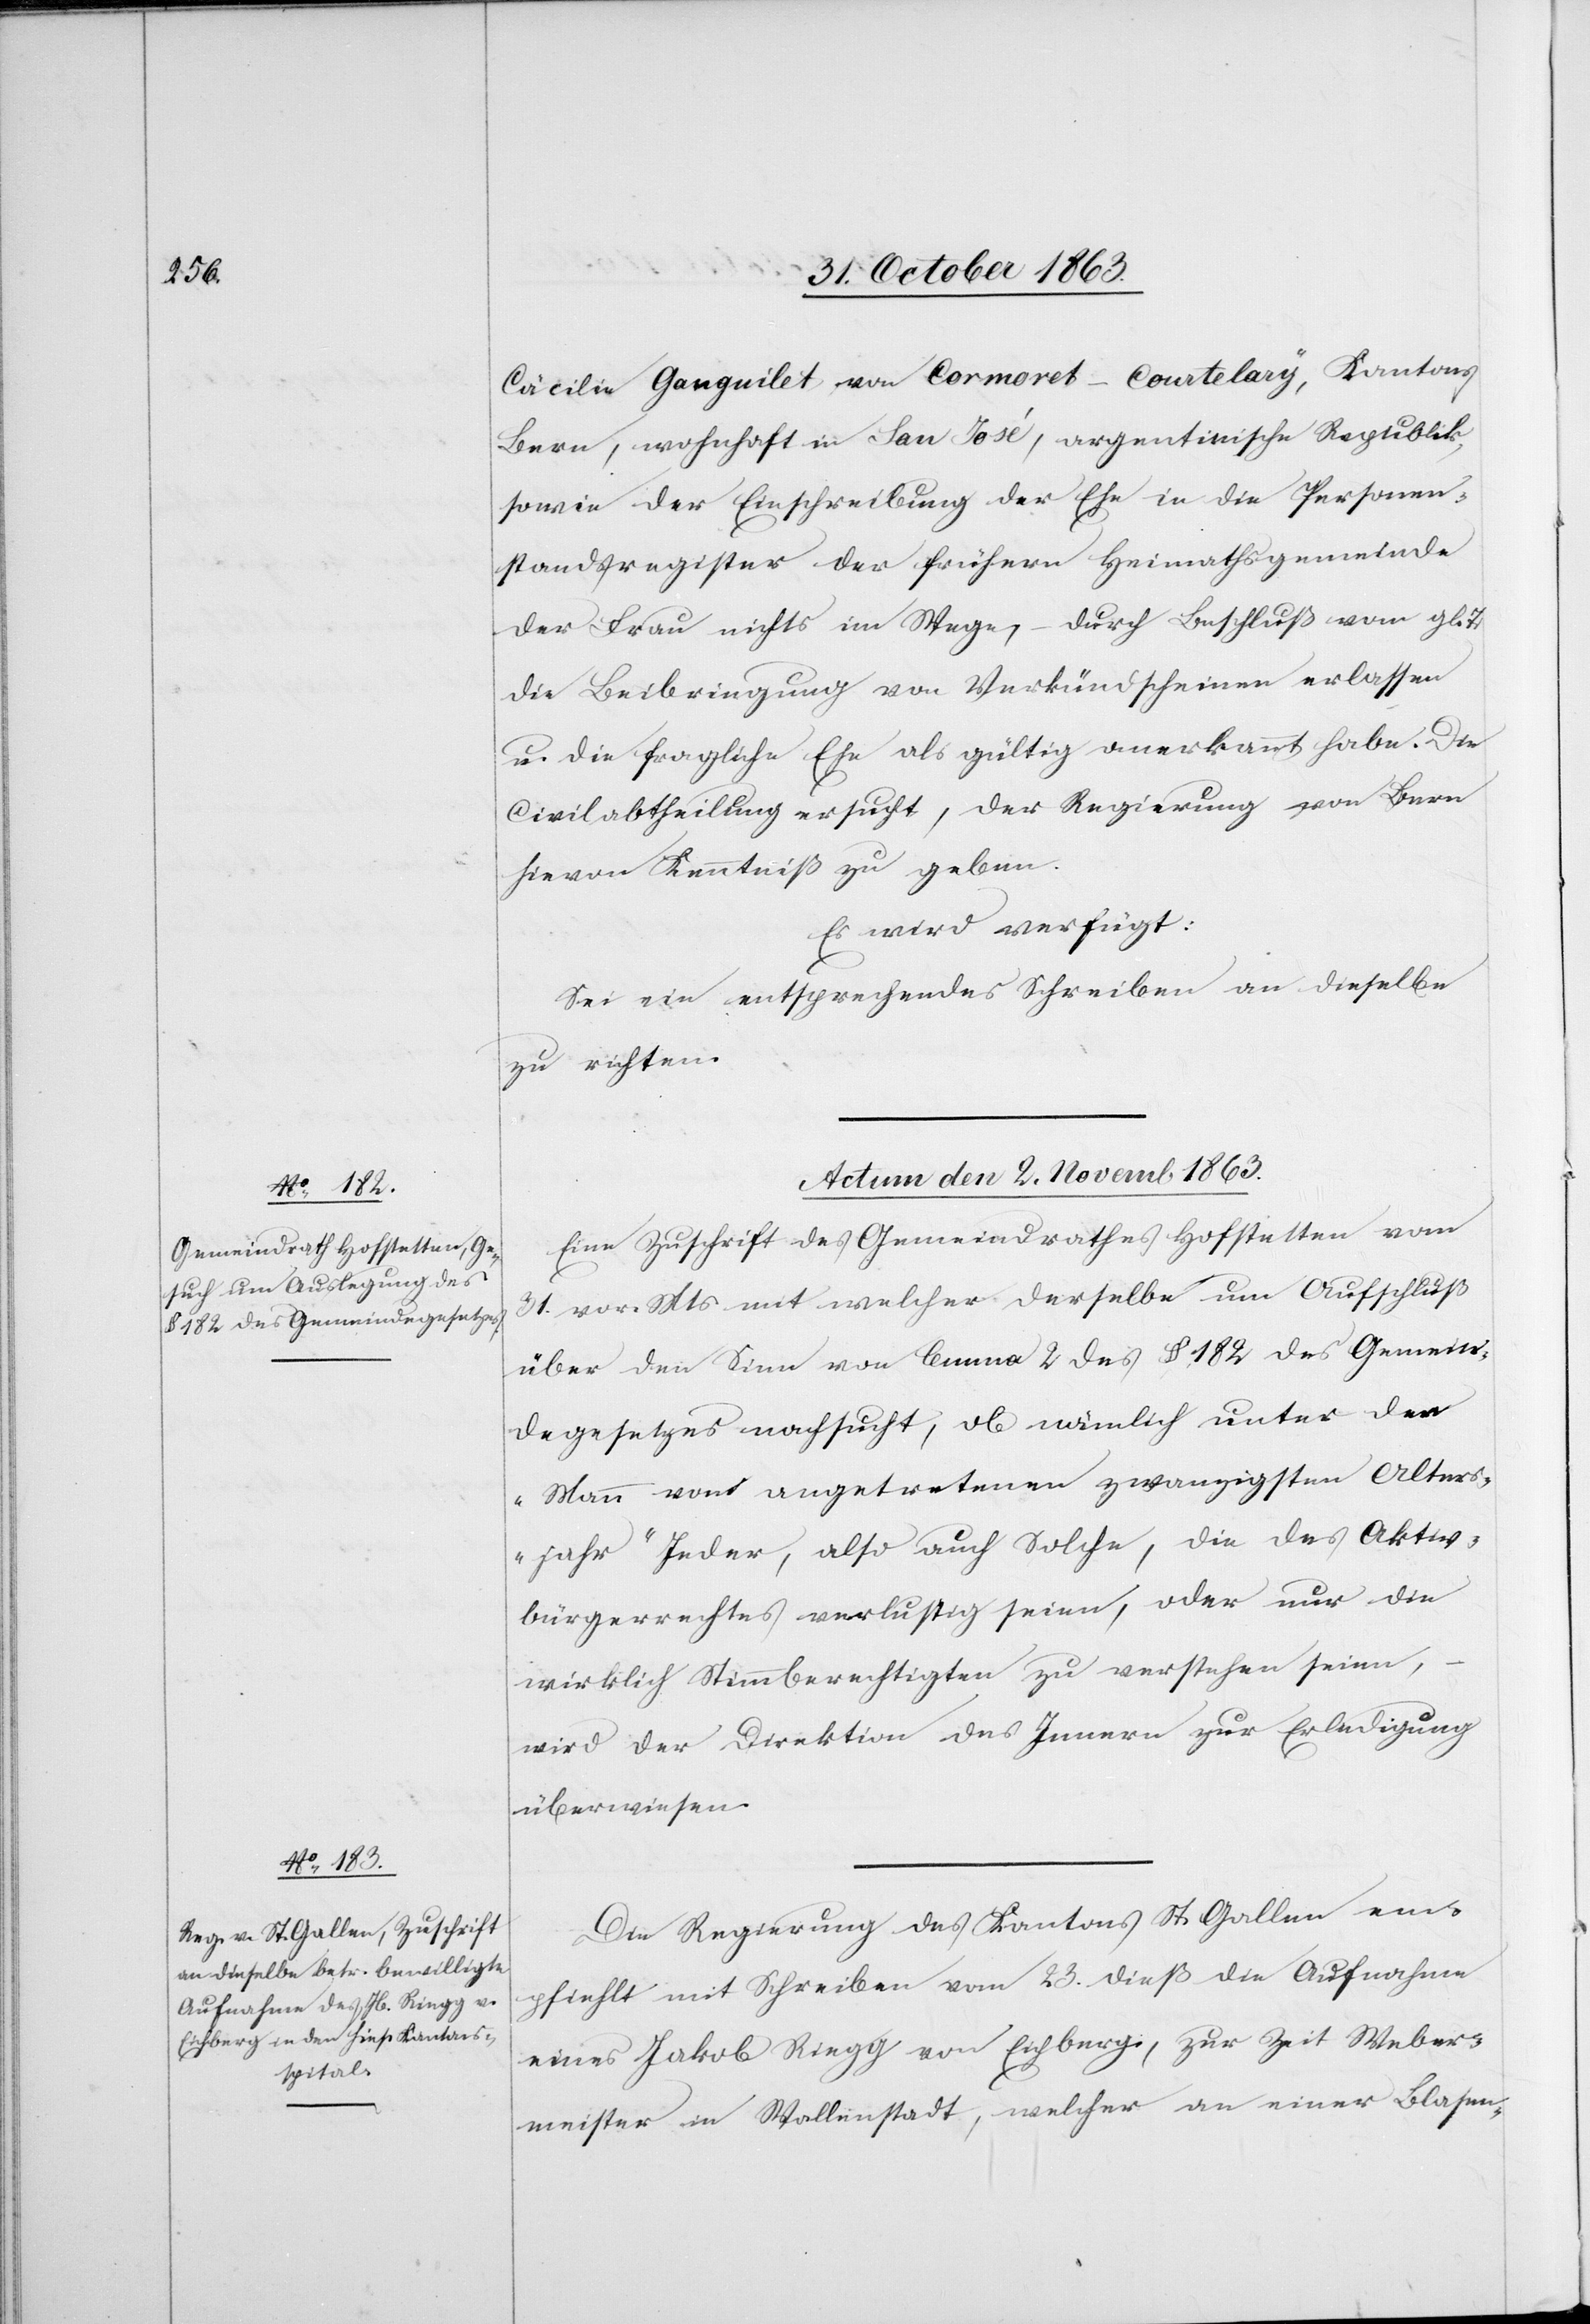
Cäcilie Ganguil[l]et von Cormoret-Courtelary, Kantons
Bern, wohnhaft in San José, argentinische Republik,
sowie der Einschreibung der Ehe in die Personen¬
standsregister der frühern Heimathsgemeinde
der Frau nichts im Wege, – durch Beschluß vom gl. T.
die Beibringung von Verkündscheinen erlassen
u. die fragliche Ehe als gültig anerkannt habe. Die
Civilabtheilung ersucht, der Regierung von Bern
hievon Kenntniß zu geben.
Es wird verfügt:
Sei ein entsprechendes Schreiben an dieselbe
zu richten.
Actum den 2. Novemb 1863.]
Eine Zuschrift des Gemeindrathes Hofstetten vom
31. vor. Mts mit welcher derselbe um Aufschluß
über den Sinn von lemma 2 des § 182 des Gemein¬
degesetzes nachsucht, ob nämlich unter den
Mann vom angetretenen zwanzigsten Alters¬
jahr „Jeder, also auch Solche, die des Aktiv¬
bürgerrechtes verlustig seien, oder nur die
wirklich Stimmberechtigten zu verstehen seien“ ,
wird der Direktion des Innern zur Erledigung
überwiesen.
Die Regierung des Kantons St. Gallen em¬
pfiehlt mit Schreiben vom 23. dieß die Aufnahme
eines Jakob Riegg von Eichberg, zur Zeit Weber¬
meister in Wallenstadt, welcher an einer Blasen-